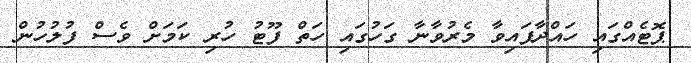
ޕޮޓެއްގައި ހައްދާފައިވާ މެރުވާނާ ގަހުގައި ހަތް ފޫޓު ހުރި ކަމަށް ވެސް ފުލުހުން